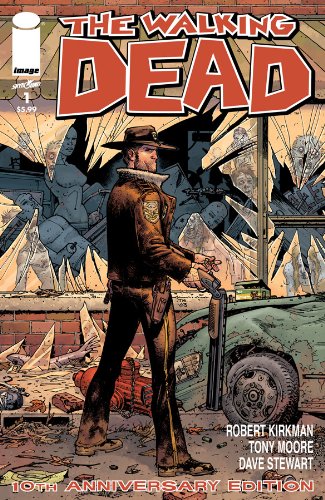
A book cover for Walking Dead #1 10th Anniversary VAR 2013 *Image Comics*; Comics & Graphic Novels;